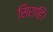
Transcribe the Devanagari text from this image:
सिराहिं।